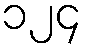
၁၂၄